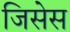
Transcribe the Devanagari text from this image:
जिसेस